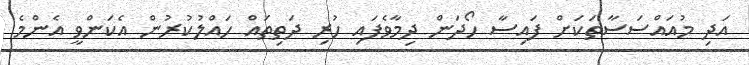
އަދި މުއައްސަަސާތަކަށް ފައިސާ ހޯދަން ދިމާވެފައި ހުރި ދަތިތައް ހައްލުކުރުން އެކަންވީ އެންމެ